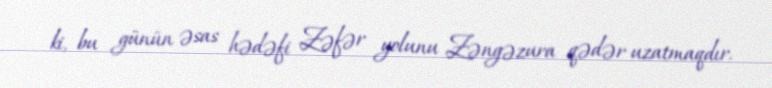
ki, bu günün əsas hədəfi Zəfər yolunu Zəngəzura qədər uzatmaqdır.